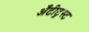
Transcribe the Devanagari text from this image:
अँटीट्रस्ट